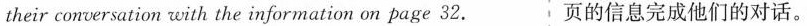
their conversation with the information on page 32. 页的信息完成他们的对话。